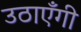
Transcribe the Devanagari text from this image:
उठाएँगी